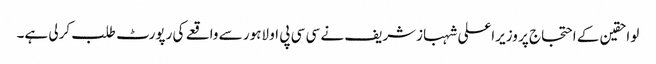
لواحقین کے احتجاج پر وزیراعلی شہبازشریف نے سی سی پی او لاہور سے واقعے کی رپورٹ طلب کرلی ہے۔